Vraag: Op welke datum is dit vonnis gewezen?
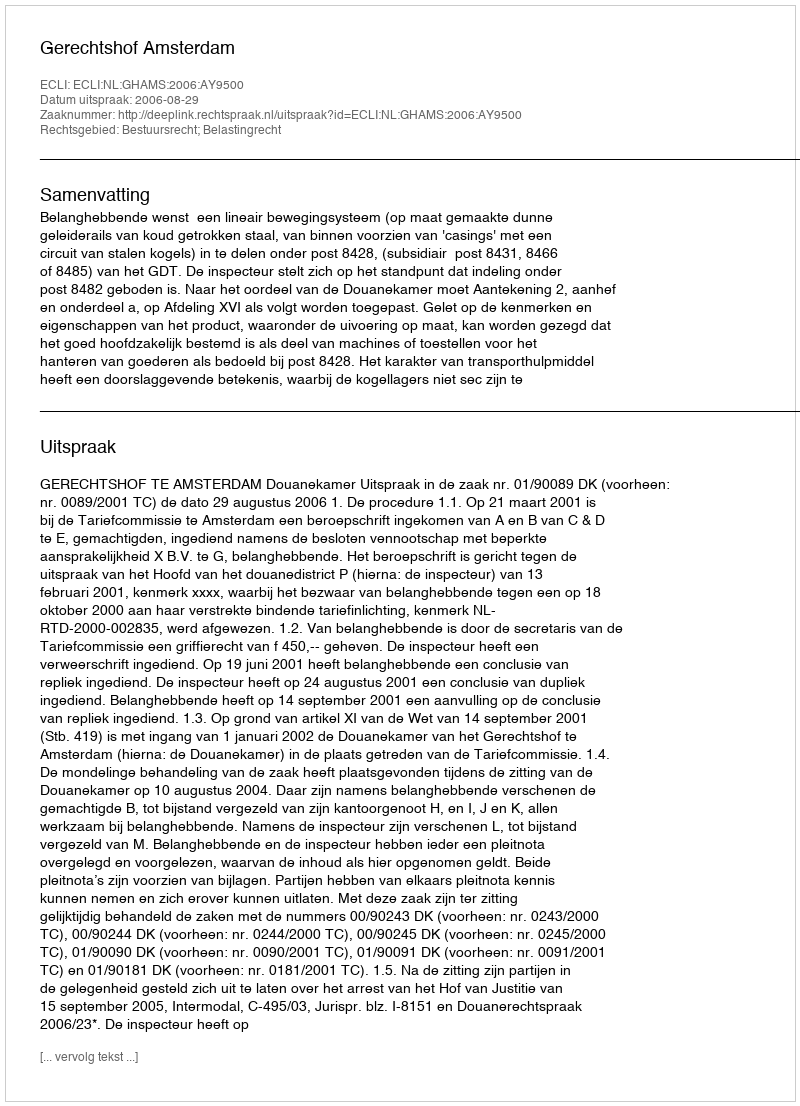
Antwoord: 2006-08-29